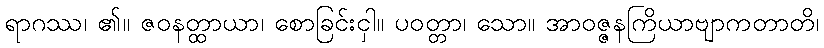
ရာဂဿ၊ ၏။ ဇဝနတ္ထာယာ၊ စောခြင်းငှါ။ ပဝတ္တာ၊ သော။ အာဝဇ္ဇနကြိယာဗျာကတာတိ၊